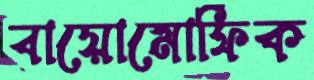
বায়োমোর্ফিক